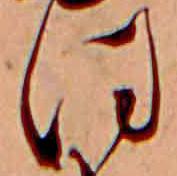
ほ